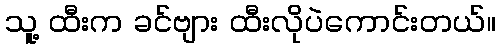
သူ့ ထီးက ခင်ဗျား ထီးလိုပဲကောင်းတယ်။